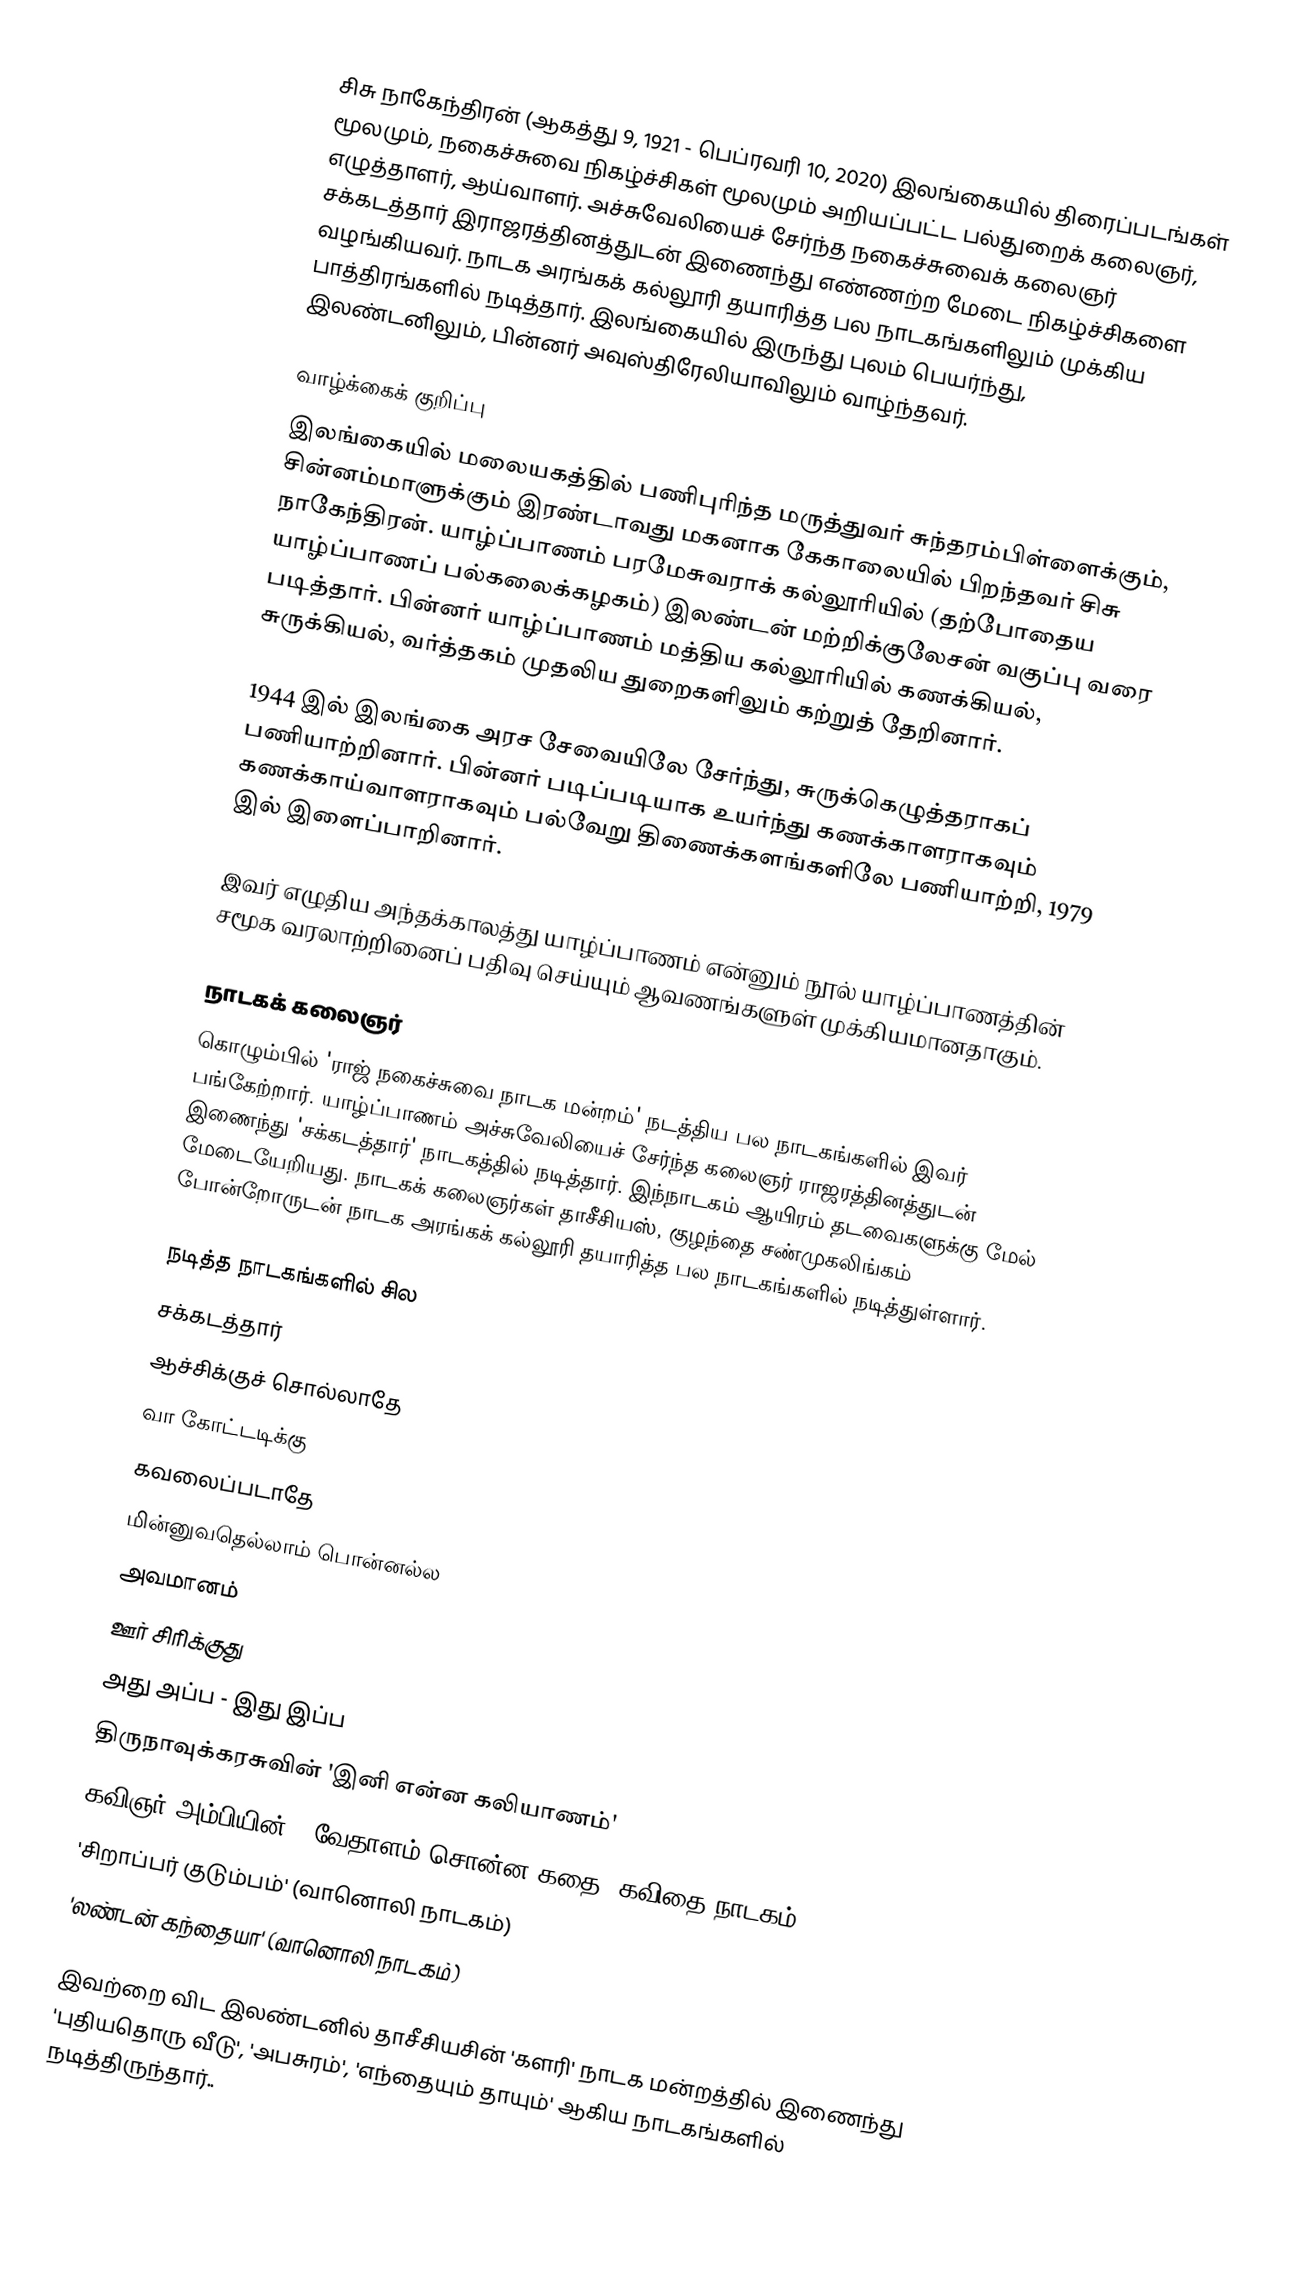
சிசு நாகேந்திரன் (ஆகத்து 9, 1921 - பெப்ரவரி 10, 2020) இலங்கையில் திரைப்படங்கள் மூலமும், நகைச்சுவை நிகழ்ச்சிகள் மூலமும் அறியப்பட்ட பல்துறைக் கலைஞர், எழுத்தாளர், ஆய்வாளர். அச்சுவேலியைச் சேர்ந்த நகைச்சுவைக் கலைஞர் சக்கடத்தார் இராஜரத்தினத்துடன் இணைந்து எண்ணற்ற மேடை நிகழ்ச்சிகளை வழங்கியவர். நாடக அரங்கக் கல்லூரி தயாரித்த பல நாடகங்களிலும் முக்கிய பாத்திரங்களில் நடித்தார். இலங்கையில் இருந்து புலம் பெயர்ந்து, இலண்டனிலும், பின்னர் அவுஸ்திரேலியாவிலும் வாழ்ந்தவர்.

வாழ்க்கைக் குறிப்பு
இலங்கையில் மலையகத்தில் பணிபுரிந்த மருத்துவர் சுந்தரம்பிள்ளைக்கும், சின்னம்மாளுக்கும் இரண்டாவது மகனாக கேகாலையில் பிறந்தவர் சிசு நாகேந்திரன். யாழ்ப்பாணம் பரமேசுவராக் கல்லூரியில் (தற்போதைய யாழ்ப்பாணப் பல்கலைக்கழகம்) இலண்டன் மற்றிக்குலேசன் வகுப்பு வரை படித்தார். பின்னர் யாழ்ப்பாணம் மத்திய கல்லூரியில் கணக்கியல், சுருக்கியல், வர்த்தகம் முதலிய துறைகளிலும் கற்றுத் தேறினார்.

1944 இல் இலங்கை அரச சேவையிலே சேர்ந்து, சுருக்கெழுத்தராகப் பணியாற்றினார். பின்னர் படிப்படியாக உயர்ந்து கணக்காளராகவும் கணக்காய்வாளராகவும் பல்வேறு திணைக்களங்களிலே பணியாற்றி, 1979 இல் இளைப்பாறினார்.

இவர் எழுதிய அந்தக்காலத்து யாழ்ப்பாணம் என்னும் நூல் யாழ்ப்பாணத்தின் சமூக வரலாற்றினைப் பதிவு செய்யும் ஆவணங்களுள் முக்கியமானதாகும்.

நாடகக் கலைஞர்
கொழும்பில் 'ராஜ் நகைச்சுவை நாடக மன்றம்' நடத்திய பல நாடகங்களில் இவர் பங்கேற்றார். யாழ்ப்பாணம் அச்சுவேலியைச் சேர்ந்த கலைஞர் ராஜரத்தினத்துடன் இணைந்து 'சக்கடத்தார்' நாடகத்தில் நடித்தார். இந்நாடகம் ஆயிரம் தடவைகளுக்கு மேல் மேடையேறியது. நாடகக் கலைஞர்கள் தாசீசியஸ், குழந்தை சண்முகலிங்கம் போன்றோருடன் நாடக அரங்கக் கல்லூரி தயாரித்த பல நாடகங்களில் நடித்துள்ளார்.

நடித்த நாடகங்களில் சில
சக்கடத்தார்
ஆச்சிக்குச் சொல்லாதே
வா கோட்டடிக்கு
கவலைப்படாதே
மின்னுவதெல்லாம் பொன்னல்ல
அவமானம்
ஊர் சிரிக்குது
அது அப்ப - இது இப்ப
திருநாவுக்கரசுவின் 'இனி என்ன கலியாணம்'
கவிஞர் அம்பியின் ''வேதாளம் சொன்ன கதை' கவிதை நாடகம்
'சிறாப்பர் குடும்பம்' (வானொலி நாடகம்)
'லண்டன் கந்தையா' (வானொலி நாடகம்)

இவற்றை விட இலண்டனில் தாசீசியசின் 'களரி' நாடக மன்றத்தில் இணைந்து 'புதியதொரு வீடு', 'அபசுரம்', 'எந்தையும் தாயும்' ஆகிய நாடகங்களில் நடித்திருந்தார்..